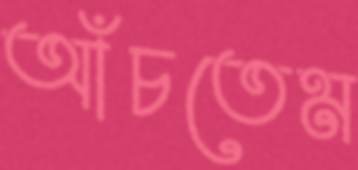
আঁচতেম